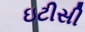
ઇટીસી